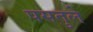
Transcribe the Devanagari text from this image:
पसतुले